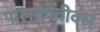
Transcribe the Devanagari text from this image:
पालकोवीक्स